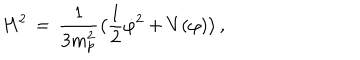
LaTeX: H ^ { 2 } \, = \, { \frac { 1 } { 3 m _ { p } ^ { 2 } } } \bigl ( { \frac { 1 } { 2 } } { \dot { \varphi } } ^ { 2 } + V ( \varphi ) \bigr ) \, ,